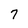
Character: 7